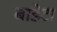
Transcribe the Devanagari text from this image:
बाडेटा